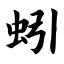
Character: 蚓